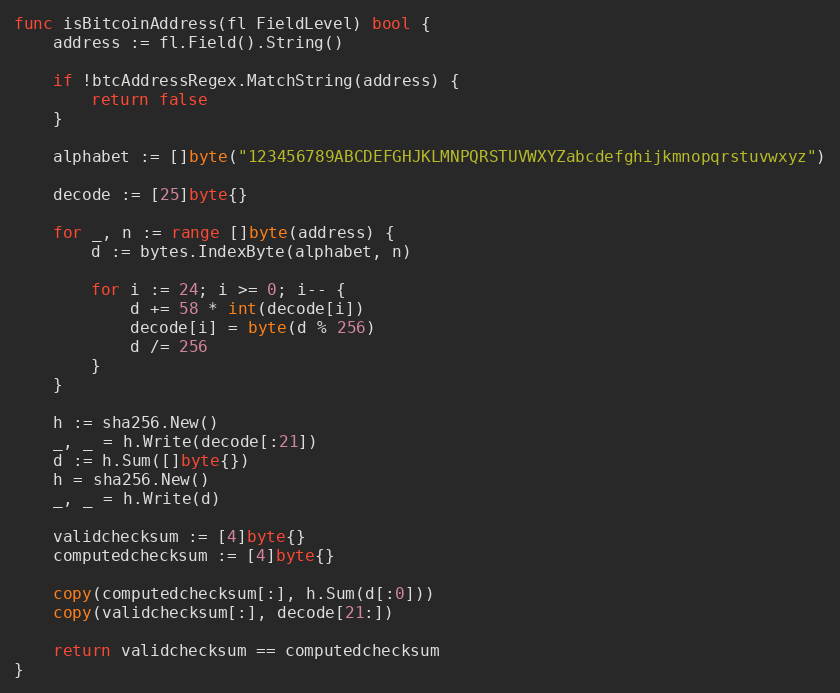
Language: Go
func isBitcoinAddress(fl FieldLevel) bool {
	address := fl.Field().String()

	if !btcAddressRegex.MatchString(address) {
		return false
	}

	alphabet := []byte("123456789ABCDEFGHJKLMNPQRSTUVWXYZabcdefghijkmnopqrstuvwxyz")

	decode := [25]byte{}

	for _, n := range []byte(address) {
		d := bytes.IndexByte(alphabet, n)

		for i := 24; i >= 0; i-- {
			d += 58 * int(decode[i])
			decode[i] = byte(d % 256)
			d /= 256
		}
	}

	h := sha256.New()
	_, _ = h.Write(decode[:21])
	d := h.Sum([]byte{})
	h = sha256.New()
	_, _ = h.Write(d)

	validchecksum := [4]byte{}
	computedchecksum := [4]byte{}

	copy(computedchecksum[:], h.Sum(d[:0]))
	copy(validchecksum[:], decode[21:])

	return validchecksum == computedchecksum
}